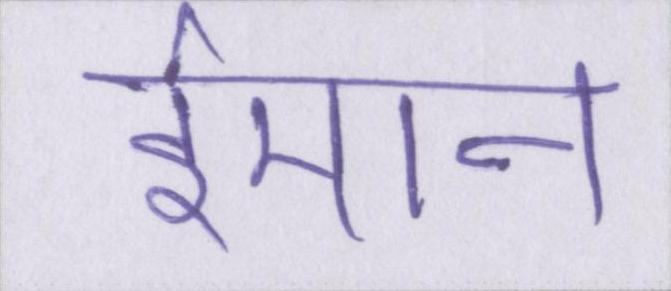
ईमान